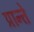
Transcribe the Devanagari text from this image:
प्रान्ते